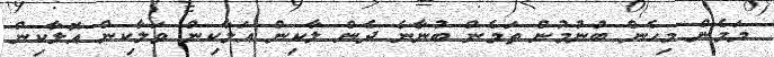
މަމެން މިހެން ބުނުމުން ތަމެން ބުނާނެ ދެން ލާކިން އަލާކިން ވަލާކިން އޮލާކިން